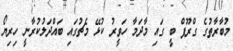
މުބާރާތުގެ ގްރޫޕް ބީ ގައި މާދަމާ ހަވީރު ކުޅޭ މެޗުގައި ބައްދަލުކުރާނީ ހިރިޔޯ